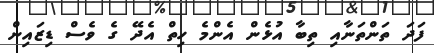
ފަދަ ތަންތަނާއި ތިބާ އުޅެން އެންމެ ހިތް އެދޭ ގެ ވެސް ޑިޒައިން